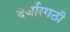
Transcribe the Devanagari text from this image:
दर्जासाठी